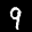
Label: 9